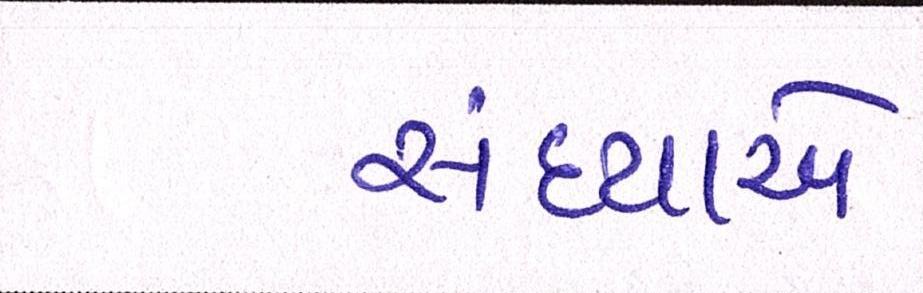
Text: સંધ્યાએ